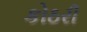
કોઠરી